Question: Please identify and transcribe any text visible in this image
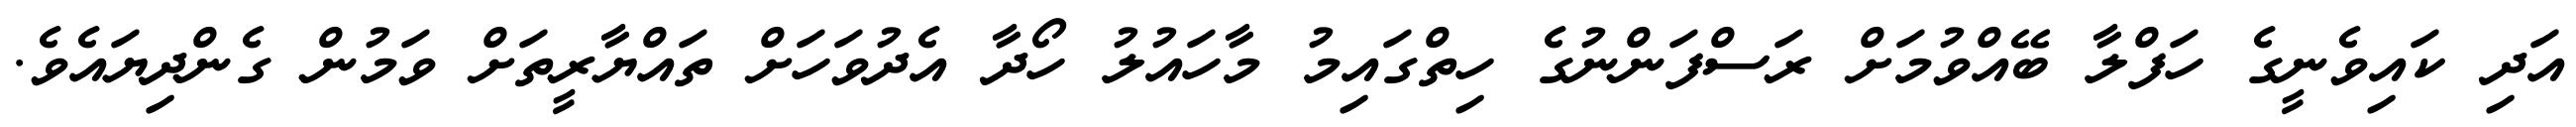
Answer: އަދި ކައިވެނީގެ ހަފްލާ ބޭއްވުމަށް ރަސްފަންނުގެ ހިތްގައިމު މާހައުލު ހޯދާ އެދުވަހަށް ތައްޔާރީތަށް ވަމުން ގެންދިޔައެވެ.